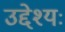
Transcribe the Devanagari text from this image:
उद्देश्यः